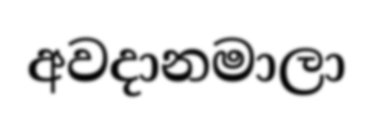
අවදානමාලා